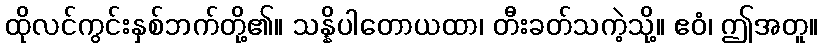
ထိုလင်ကွင်းနှစ်ဘက်တို့၏။ သန္နိပါတောယထာ၊ တီးခတ်သကဲ့သို့။ ဧဝံ၊ ဤအတူ။